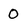
Character: 0